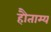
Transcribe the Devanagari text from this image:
हौताम्य